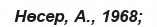
Нөсер, А., 1968;